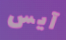
آيس